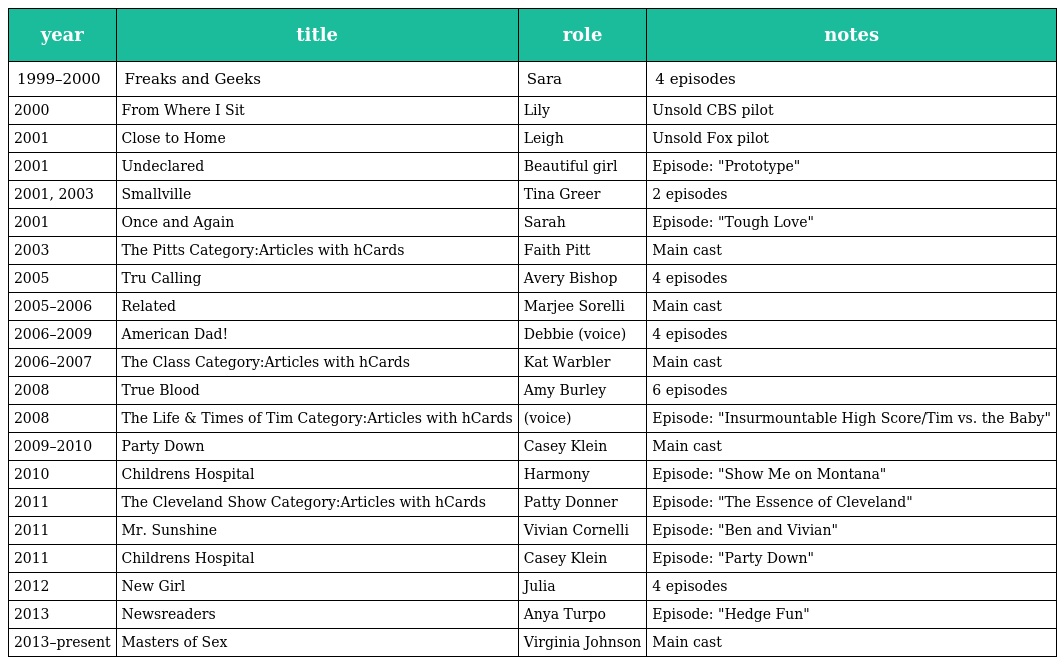
| year | title | role | notes |
 | --- | --- | --- | --- |
 | 1999–2000 | Freaks and Geeks | Sara | 4 episodes |
 | 2000 | From Where I Sit | Lily | Unsold CBS pilot |
 | 2001 | Close to Home | Leigh | Unsold Fox pilot |
 | 2001 | Undeclared | Beautiful girl | Episode: "Prototype" |
 | 2001, 2003 | Smallville | Tina Greer | 2 episodes |
 | 2001 | Once and Again | Sarah | Episode: "Tough Love" |
 | 2003 | The Pitts Category:Articles with hCards | Faith Pitt | Main cast |
 | 2005 | Tru Calling | Avery Bishop | 4 episodes |
 | 2005–2006 | Related | Marjee Sorelli | Main cast |
 | 2006–2009 | American Dad! | Debbie (voice) | 4 episodes |
 | 2006–2007 | The Class Category:Articles with hCards | Kat Warbler | Main cast |
 | 2008 | True Blood | Amy Burley | 6 episodes |
 | 2008 | The Life & Times of Tim Category:Articles with hCards | (voice) | Episode: "Insurmountable High Score/Tim vs. the Baby" |
 | 2009–2010 | Party Down | Casey Klein | Main cast |
 | 2010 | Childrens Hospital | Harmony | Episode: "Show Me on Montana" |
 | 2011 | The Cleveland Show Category:Articles with hCards | Patty Donner | Episode: "The Essence of Cleveland" |
 | 2011 | Mr. Sunshine | Vivian Cornelli | Episode: "Ben and Vivian" |
 | 2011 | Childrens Hospital | Casey Klein | Episode: "Party Down" |
 | 2012 | New Girl | Julia | 4 episodes |
 | 2013 | Newsreaders | Anya Turpo | Episode: "Hedge Fun" |
 | 2013–present | Masters of Sex | Virginia Johnson | Main cast |